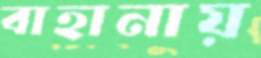
বাহানায়